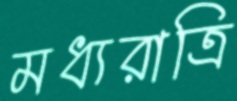
মধ্যরাত্রি